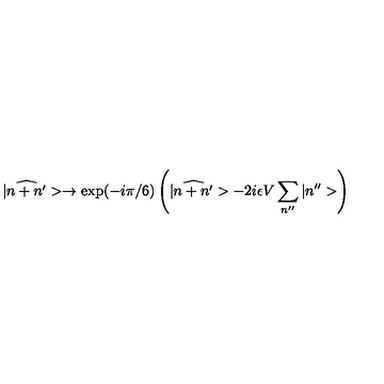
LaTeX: | \widehat { n + n ^ { \prime } } > \rightarrow \mathrm { e x p } ( - i \pi / 6 ) \left( | \widehat { n + n ^ { \prime } } > - 2 i \epsilon V \sum _ { n ^ { \prime \prime } } | n ^ { \prime \prime } > \right)